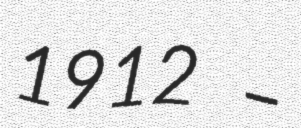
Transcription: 1912 –